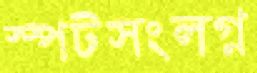
স্পটসংলগ্ন